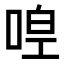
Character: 𠵋